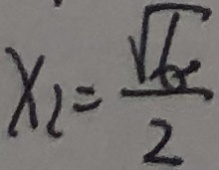
x _ { 2 } = \frac { \sqrt { 6 } } { 2 }